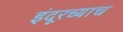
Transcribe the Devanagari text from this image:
इंदूरच्याच